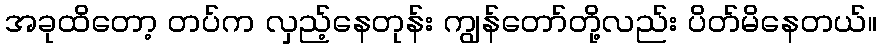
အခုထိတော့ တပ်က လှည့်နေတုန်း ကျွန်တော်တို့လည်း ပိတ်မိနေတယ်။